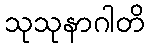
သုသုနာဂါတိ